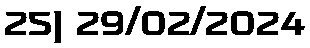
25) 29/02/2024